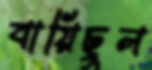
বায়িছুল